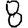
Digit: 8